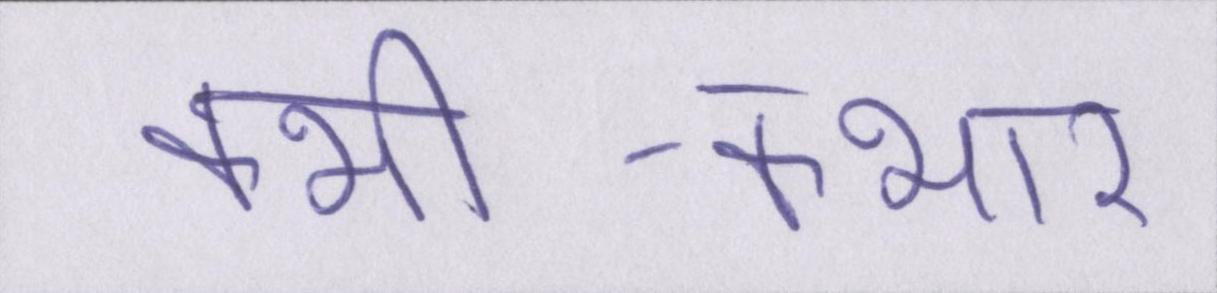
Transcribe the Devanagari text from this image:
कभी-कभार